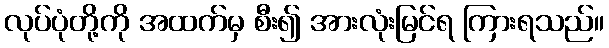
လုပ်ပုံတို့ကို အထက်မှ စီး၍ အားလုံးမြင်ရ ကြားရသည်။